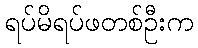
ရပ်မိရပ်ဖတစ်ဦးက